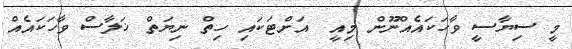
މީ ސިޔާސީ ވާހަކައެއްނޫން މިއީ  އަށްޓަކައި ހިތް ނިޔަތް ޚަލާސް ވާހަކައެއް